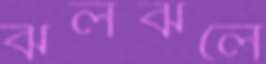
ঝলঝলে